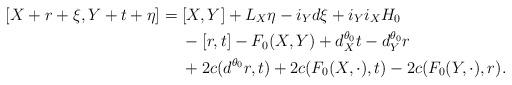
LaTeX: \begin{align*} [X+r+\xi,Y+t+\eta] = {} & [X,Y] + L_{X}\eta - i_{Y}d\xi + i_{Y}i_{X}H_0\\ & - [r,t] - F_0(X,Y) + d^{\theta_0}_Xt - d^{\theta_0}_Y r\\ & + 2c(d^{\theta_0} r,t) + 2c(F_0(X,\cdot),t) - 2c(F_0(Y,\cdot),r). \end{align*}